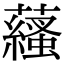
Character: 𧂩